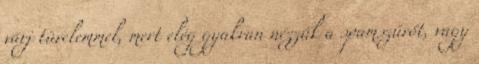
várj türelemmel, mert elég gyakran nézzük a spamszűrőt, vagy